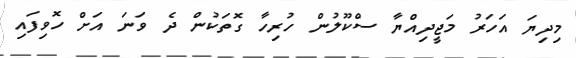
މިދިޔަ އަހަރު މަޖީދިއްޔާ ސްކޫލުން ހުރިހާ ގޮތަކުން ދެ ވަނަ އަށް ހޮވިފައި